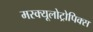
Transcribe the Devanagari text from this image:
मस्क्यूलोट्रोपिक्स